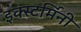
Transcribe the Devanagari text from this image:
इक्स्टर्मिनी